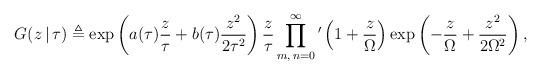
LaTeX: \begin{align*}G(z\,|\,\tau) \triangleq\exp\left(a(\tau)\frac{z}{\tau}+b(\tau)\frac{z^2}{2\tau^2}\right)\frac{z}{\tau}\prod_{m, \,n=0}^\infty {}' \left(1+\frac{z}{\Omega}\right)\exp\left(-\frac{z}{\Omega}+\frac{z^2}{2\Omega^2}\right),\end{align*}